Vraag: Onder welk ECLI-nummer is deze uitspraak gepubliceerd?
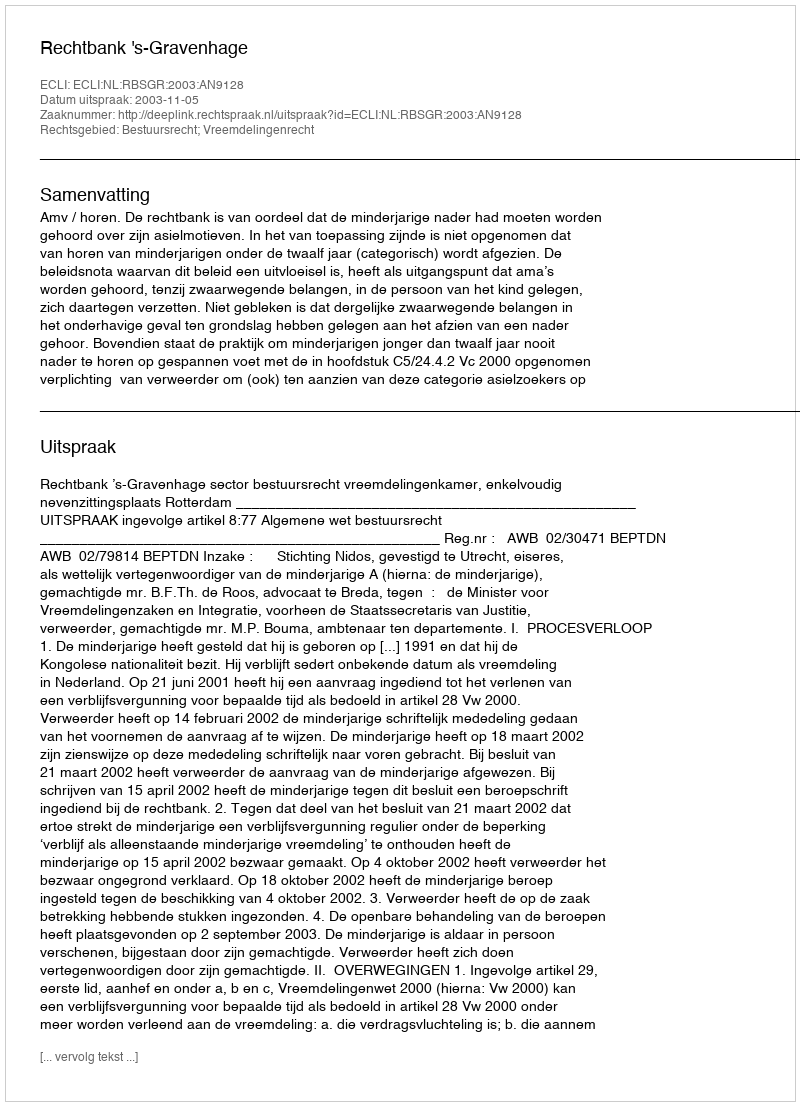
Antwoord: ECLI:NL:RBSGR:2003:AN9128